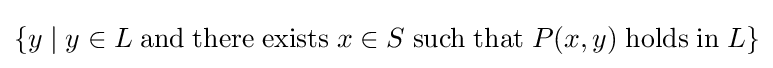
\{y\mid y\in L\;\mathrm {and} \;\mathrm {there} \;\mathrm {exists} \;x\in S\;\mathrm {such} \;\mathrm {that} \;P(x,y)\;\mathrm {holds} \;\mathrm {in} \;L\}